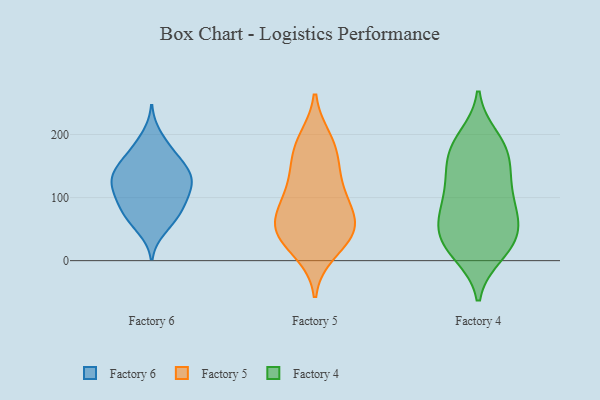
{"axis": {"x": "Population (Million)", "y": "Value"}, "legend": ["Factory 4", "Factory 5", "Factory 6"], "data": [{"x": "", "y": 174, "type": "Factory 6"}, {"x": "", "y": 56, "type": "Factory 6"}, {"x": "", "y": 50, "type": "Factory 6"}, {"x": "", "y": 82, "type": "Factory 6"}, {"x": "", "y": 97, "type": "Factory 6"}, {"x": "", "y": 140, "type": "Factory 6"}, {"x": "", "y": 124, "type": "Factory 6"}, {"x": "", "y": 119, "type": "Factory 6"}, {"x": "", "y": 120, "type": "Factory 6"}, {"x": "", "y": 138, "type": "Factory 6"}, {"x": "", "y": 147, "type": "Factory 6"}, {"x": "", "y": 74, "type": "Factory 6"}, {"x": "", "y": 120, "type": "Factory 6"}, {"x": "", "y": 159, "type": "Factory 6"}, {"x": "", "y": 199, "type": "Factory 6"}, {"x": "", "y": 75, "type": "Factory 6"}, {"x": "", "y": 107, "type": "Factory 6"}, {"x": "", "y": 144, "type": "Factory 6"}, {"x": "", "y": 90, "type": "Factory 6"}, {"x": "", "y": 175, "type": "Factory 6"}, {"x": "", "y": 132, "type": "Factory 5"}, {"x": "", "y": 78, "type": "Factory 5"}, {"x": "", "y": 190, "type": "Factory 5"}, {"x": "", "y": 55, "type": "Factory 5"}, {"x": "", "y": 108, "type": "Factory 5"}, {"x": "", "y": 42, "type": "Factory 5"}, {"x": "", "y": 105, "type": "Factory 5"}, {"x": "", "y": 50, "type": "Factory 5"}, {"x": "", "y": 177, "type": "Factory 5"}, {"x": "", "y": 58, "type": "Factory 5"}, {"x": "", "y": 16, "type": "Factory 5"}, {"x": "", "y": 39, "type": "Factory 5"}, {"x": "", "y": 169, "type": "Factory 5"}, {"x": "", "y": 13, "type": "Factory 4"}, {"x": "", "y": 111, "type": "Factory 4"}, {"x": "", "y": 32, "type": "Factory 4"}, {"x": "", "y": 195, "type": "Factory 4"}, {"x": "", "y": 76, "type": "Factory 4"}, {"x": "", "y": 170, "type": "Factory 4"}, {"x": "", "y": 10, "type": "Factory 4"}, {"x": "", "y": 23, "type": "Factory 4"}, {"x": "", "y": 128, "type": "Factory 4"}, {"x": "", "y": 181, "type": "Factory 4"}, {"x": "", "y": 70, "type": "Factory 4"}, {"x": "", "y": 47, "type": "Factory 4"}, {"x": "", "y": 158, "type": "Factory 4"}, {"x": "", "y": 109, "type": "Factory 4"}, {"x": "", "y": 37, "type": "Factory 4"}, {"x": "", "y": 79, "type": "Factory 4"}, {"x": "", "y": 139, "type": "Factory 4"}, {"x": "", "y": 184, "type": "Factory 4"}, {"x": "", "y": 62, "type": "Factory 4"}]}